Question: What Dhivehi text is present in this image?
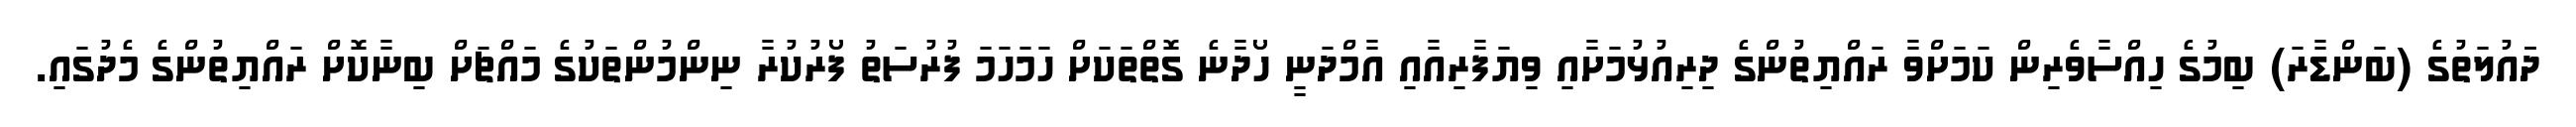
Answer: ދަައުލަތުގެ (ބަންޑާރަ) ބިމުގެ ހިއްސާވެރިން ކަމަށްވާ ރައްޔިތުންގެ ދިރިއުޅުމަށާއި ވިޔަފާރިއާއި އާމްދަނީ ހޯދާނެ ގޮތްތަކަށް ހަމަހަމަ ފުރުސަތު ފޯރުކުރާ ނިންމުންތަކުގެ މައްޗަށް ބިނާކޮށް ރައްޔިތުންގެ މެދުގައި.